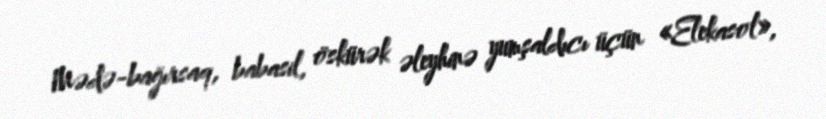
Mədə-bağırsaq, babasil, öskürək əleyhinə yumşaldıcı üçün «Elekasol»,